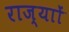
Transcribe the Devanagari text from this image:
राज्याों